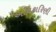
અધિકારિણી